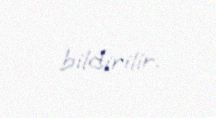
bildirilir.